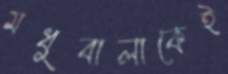
মধুবালাকেই